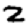
Digit: 2